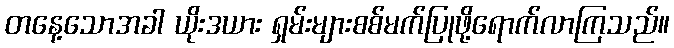
တနေ့သောအခါ ယိုးဒယား ရှမ်းများစစ်မက်ပြုဖို့ရောက်လာကြသည်။